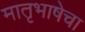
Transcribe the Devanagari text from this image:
मातृभाषेचा